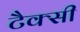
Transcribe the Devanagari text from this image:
टैक्सी